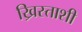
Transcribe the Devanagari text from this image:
ख्रिस्ताशी